Report of the Indian Hemp Drugs Commission, 1894-1895 - Volume I
Year: 1894
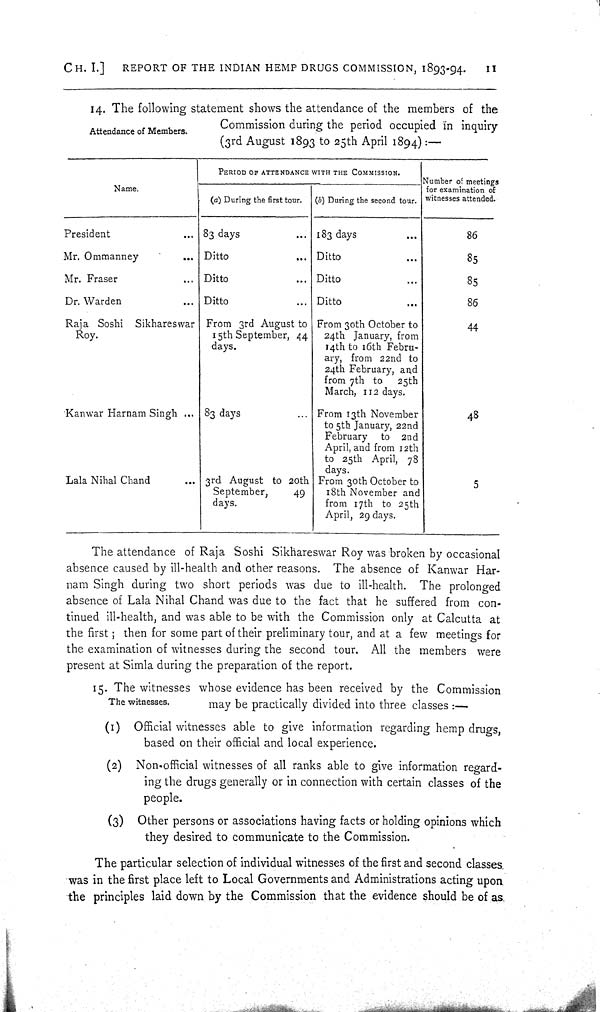
CH. I.]
REPORT OF THE INDIAN HEMP DRUGS COMMISSION, 1893-94.
II
Attendance of Members.
14. The following statement shows the attendance of the members of the
Commission during the period occupied in inquiry
(3rd August 1893 to 25th April 1894):—
Name.
PERIOD OF ATTENDANCE WITH THE COMMISSION.
Number of meetings
Name.
PERIOD OF ATTENDANCE WITH THE COMMISSION.
for examination of
Name.
(a) During the first tour.
(b) During the second tour. witnesses attended.
President
83 days
183 days
86
Mr. Ommanney
Ditto
Ditto
85
Mr. Fraser
Ditto
Ditto
85
Dr. Warden
Ditto
Ditto
86
Raja Soshi Sikhareswar From 3rd August to From 30th October to
44
Roy.
15th September, 44
24th January, from
days.
14th to 16th Febru-
ary, from 22nd to
24th February, and
from 7th to
25th
March, 112 days.
Kanwar Harnam Singh
83 days
From 13th November
48
to 5th January, 22nd
February to 2nd
April, and from 12th
to 25th April, 78
days.
Lala Nihal Chand
3rd August to 20th From 30th October to
5
September,
49
18th November and
days.
from 17th to 25th
April, 29 days.
The attendance of Raja Soshi Sikhareswar Roy was broken by occasional
absence caused by ill-health and other reasons. The absence of Kanwar Har-
nam Singh during two short periods was due to ill-health. The prolonged
absence of Lala Nihal Chand was due to the fact that he suffered from con-
tinued ill-health, and was able to be with the Commission only at Calcutta at
the first; then for some part of their preliminary tour, and at a few meetings for
the examination of witnesses during the second tour. All the members were
present at Simla during the preparation of the report.
The witnesses.
15. The witnesses whose evidence has been received by the Commission
may be practically divided into three classes:—
(1) Official witnesses able to give information regarding hemp drugs,
based on their official and local experience.
(2) Non-official witnesses of all ranks able to give information regard-
ing the drugs generally or in connection with certain classes of the
people.
(3) Other persons or associations having facts or holding opinions which
they desired to communicate to the Commission.
The particular selection of individual witnesses of the first and second classes
was in the first place left to Local Governments and Administrations acting upon
the principles laid down by the Commission that the evidence should be of as